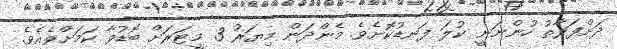
ދަށްފަރާތު ހުންނަނީ ކުލަ ފަނޑުކޮށެވެ. މެންދަން މިޔަރު 3 މީޓަރަށް ބޮޑުވާ ކަމަށްވެއެވެ.